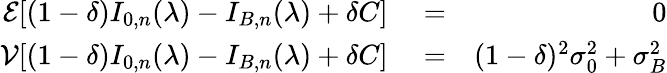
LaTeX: \begin{array}{rlr}{{\cal E}[(1-\delta)I_{0,n}(\lambda)-I_{B,n}(\lambda)+\delta C]}&{{}=}&{0}\\ {{\cal V}[(1-\delta)I_{0,n}(\lambda)-I_{B,n}(\lambda)+\delta C]}&{{}=}&{(1-\delta)^{2}\sigma_{0}^{2}+\sigma_{B}^{2}}\end{array}